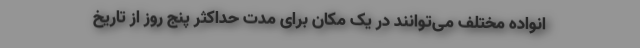
انواده مختلف می‌توانند در یک مکان برای مدت حداکثر پنج روز از تاریخ